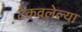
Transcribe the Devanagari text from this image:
टेकवलेल्या